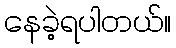
နေခဲ့ရပါတယ်။